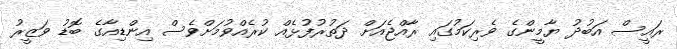
ރައީސް އަބުދު ޔާމީންގެ ވެރިކަމުގައި ރާއްޖެއަށް ދަތުރުފުޅެއް ކުރެއްވުމަށްވެސް އިންޑިއާގެ ބޮޑު ވަޒީރު